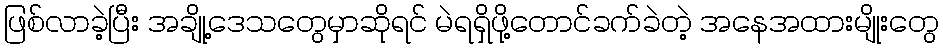
ဖြစ်လာခဲ့ပြီး အချို့ဒေသတွေမှာဆိုရင် မဲရရှိဖို့တောင်ခက်ခဲတဲ့ အနေအထားမျိုးတွေ